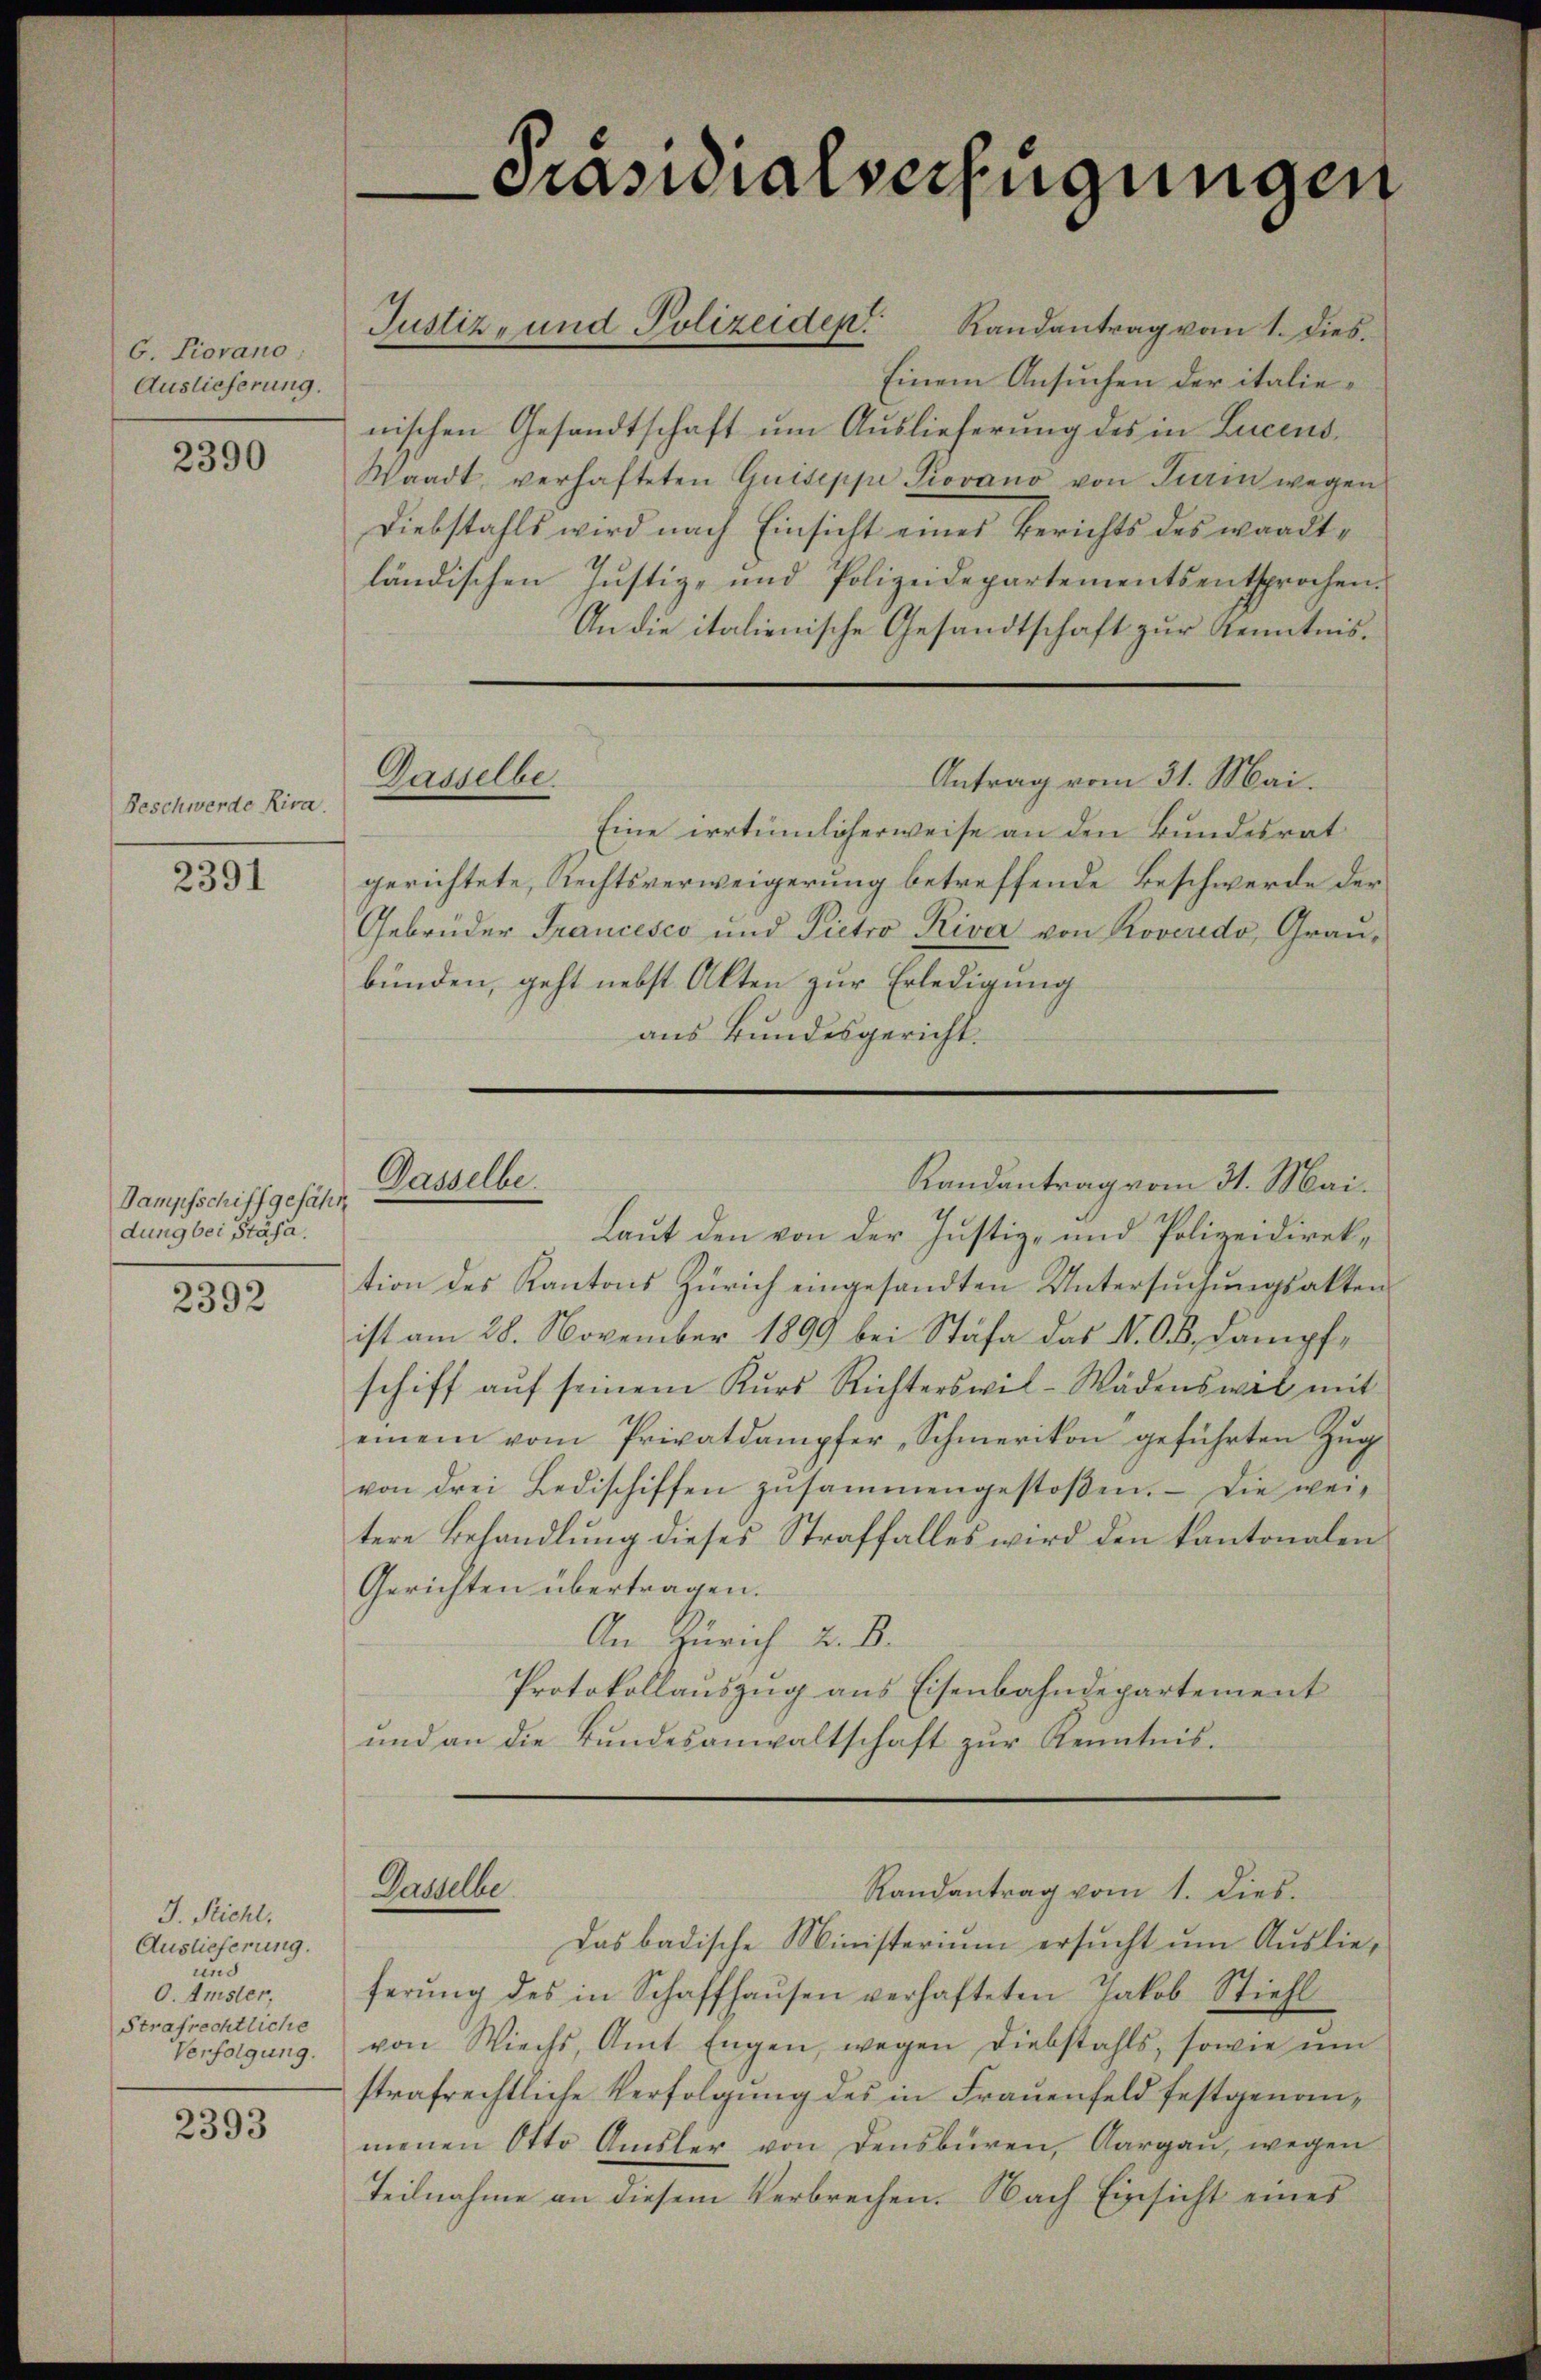
C. Piovano :
Auslieferung.

2390

Beschwerde Riva

2391

Dampfschiff gefähr
dung bei Stäfa.

2392

J. Richt,
Auslieferung.
und
O. Amsler,
Strafrechtliche
Verfolgung.

2393

Justiz- und Polizeiden Randantrag vom 1. Dies

Dasselbe.

Gasselbe

Präsidialverfügungen

Einem Ansuchen der italienischen Gesandtschaft um Auslieferung des in Lucend
Waadt, verhafteten Guiseppe Piovano von Turin wegen
Diebstahls wird nach Einsicht eines Berichts des wardtländischen Justiz- und Polizeidepartements entsprochen.
An die italienische Gesandtschaft zur Kenntnis.
Dasselbe.
Antrag vom 31. Mai.
Eine irrtümlicherweise an den Bundesrat
gerichtete, Rechtsverweigerung betreffende Beschwerde der
Gebrüder Francesco und Pietro Riva von Roveredo, Graubunden, geht nebst Akten zur Erledigung
aus Bundesgericht.

Laut den von der Justiz- und Polizeidirektion des Kantons Zürich eingesandten Untersuchungsakten
ist am 28. November 1899 bei Stäfa das N. OB. Dampfschiff aŭf seinem Kŭrs Richterswil-Wädenswil mit
einem vom Privatdampfer, Schmerikon geführten Zŭg
von drei Bedischiffen zusammengestoßen. Die wei
tere Behandlung dieses Straffalles wird den kantonalen
Gerichten übertragen.
An Zürich 2. B.
Protokollauszug aus Eisenbahndepartement
ŭnd an die Bŭndesanwaltschaft zŭr Kenntnis.

Randantrag vom 31. Mai.

Randantrag vom 1. dies.

Das badische Ministerium ersucht um Auslieferŭng des in Schaffhaŭsen verhafteten Jakob Stiehl
von Wiechs, Amt Engen, wegen Diebstahls, sowie ŭm
strafrechtliche Verfolgung des in Frauenfeld festgenanmenen Otto Amsler von densburen, Aargau, wegen
Teilnahme an diesem Verbrechen. Nach Einsicht eines